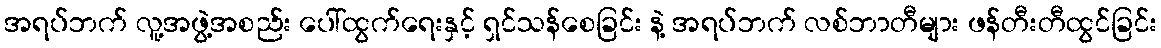
အရပ်ဘက် လူ့အဖွဲ့အစည်း ပေါ်ထွက်ရေးနှင့် ရှင်သန်စေခြင်း နဲ့ အရပ်ဘက် လစ်ဘာတီများ ဖန်တီးတီထွင်ခြင်း